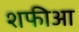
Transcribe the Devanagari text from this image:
शफीआ